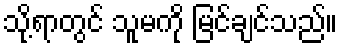
သို့ရာတွင် သူမကို မြင်ချင်သည်။